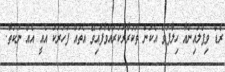
ރެޑް ވިޕްލައިންއާ ހިލާފުވެ އެކަން ތަކުރާރުކުރައްވާފައިވޭ އެތައް ފަހަަރަކު އެއީ އެއް ނުކުތާ.